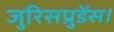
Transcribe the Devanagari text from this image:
जुरिसप्रुडेंस।